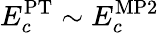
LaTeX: E_{c}^{\textrm{PT}}\sim E_{c}^{\textrm{MP2}}